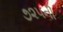
૭૨૫ની